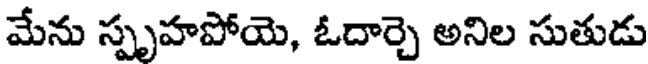
మేను స్పృహపోయె, ఓదార్చె అనిల సుతుడు